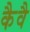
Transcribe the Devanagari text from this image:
कैवै